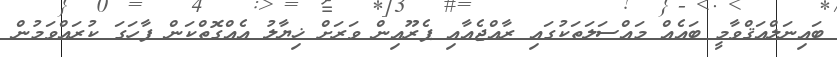
ބައިނަލްއަޤްވާމީ ބައެއް މައްސަލަތަކުގައި ރާއްޖެއާއި ޕެރޫއިން ވަރަށް ޚިޔާލު އެއްގޮތްކަން ފާހަގަ ކުރައްވަމުން